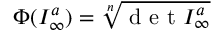
\Phi ( { \cal I } _ { \infty } ^ { a } ) = \sqrt [ n ] { \mathrm { ~ d ~ e ~ t ~ } { \cal I } _ { \infty } ^ { a } }